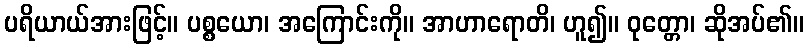
ပရိယာယ်အားဖြင့်။ ပစ္စယော၊ အကြောင်းကို။ အာဟာရောတိ၊ ဟူ၍။ ဝုတ္တော၊ ဆိုအပ်၏။